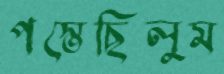
পস্তেছিলুম